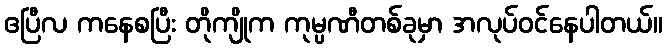
ဧပြီလ ကနေစပြီး တိုကျိုက ကုမ္ပဏီတစ်ခုမှာ အလုပ်ဝင်နေပါတယ်။